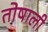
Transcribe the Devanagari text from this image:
तोषाली